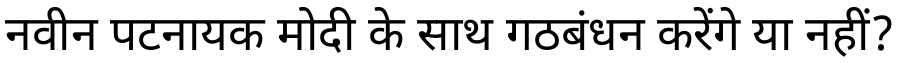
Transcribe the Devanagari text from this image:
नवीन पटनायक मोदी के साथ गठबंधन करेंगे या नहीं?